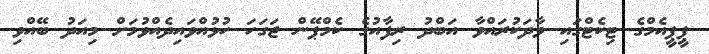
ޕީޕީއެމްގެ ޓިކެޓްގައި ވާދަކުރައްވާ އަބްދު ރިފާއުގެ ކެމްޕޭން ޖަގަހަ ހުޅުއްވައިދެއްވުމަށް މިއަދު ބޭއްވި